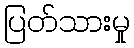
ပြတ်သားမှု